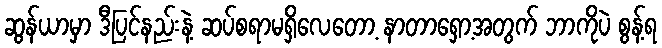
ဆွန်ယာမှာ ဒီပြင်နည်းနဲ့ ဆပ်စရာမရှိလေတော့ နာတာရှော့အတွက် ဘာကိုပဲ စွန့်ရ